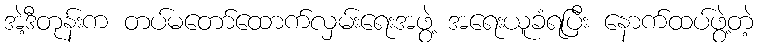
အဲ့ဒီတုန်းက တပ်မတော်ထောက်လှမ်းရေးအဖွဲ့ အရေးယူခံရပြီး နောက်ထပ်ဖွဲ့တဲ့